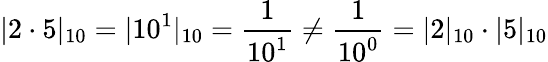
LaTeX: |2\cdot 5|_{10}=|10^{1}|_{10}={\frac{1}{10^{1}}}\neq{\frac{1}{10^{0}}}=|2|_{10}\cdot|5|_{10}